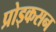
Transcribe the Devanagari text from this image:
प्रोड्कसन